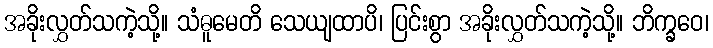
အခိုးလွှတ်သကဲ့သို့။ သံဓူမေတိ သေယျထာပိ၊ ပြင်းစွာ အခိုးလွှတ်သကဲ့သို့။ ဘိက္ခဝေ၊